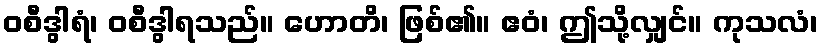
ဝစီဒွါရံ၊ ဝစီဒွါရသည်။ ဟောတိ၊ ဖြစ်၏။ ဧဝံ၊ ဤသို့လျှင်။ ကုသလံ၊